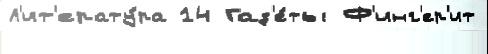
Л'ит'ерату́ра 14 Газ'е́ты Ф'инг'ер'ит